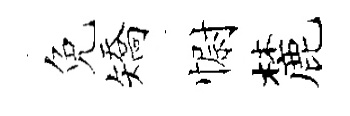
免矯𢠢麓